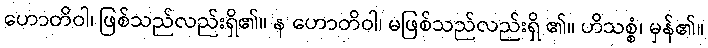
ဟောတိဝါ၊ ဖြစ်သည်လည်းရှိ၏။ န ဟောတိဝါ၊ မဖြစ်သည်လည်းရှိ ၏။ ဟိသစ္စံ၊ မှန်၏။